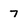
Character: 7